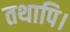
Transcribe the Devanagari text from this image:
तथापि।